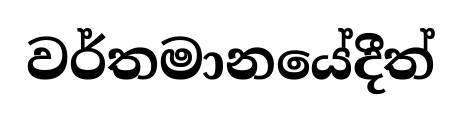
වර්තමානයේදීත්